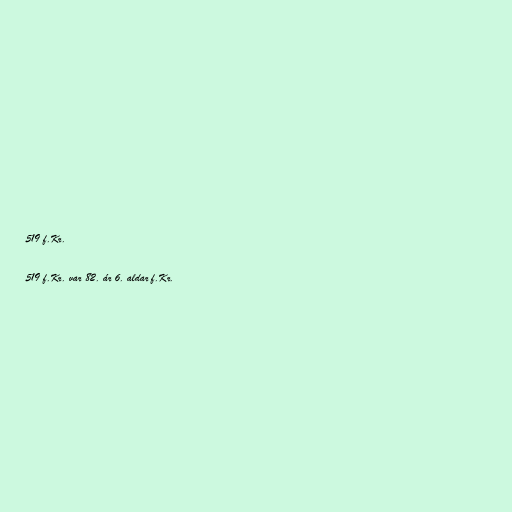
519 f.Kr.

519 f.Kr. var 82. ár 6. aldar f.Kr.